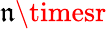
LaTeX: \mathfrak{n}\timesr